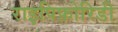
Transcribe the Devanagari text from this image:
राइपिफ़ोरिडी